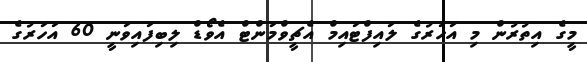
މީގެ އިތުރުން މި އަހަރުގެ ލައިފްޓައިމް އެޗީވްމަންޓް އެވޯޑް ލިބިފައިވަނީ 60 އަހަރުގެ